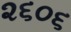
૨૬૦૬